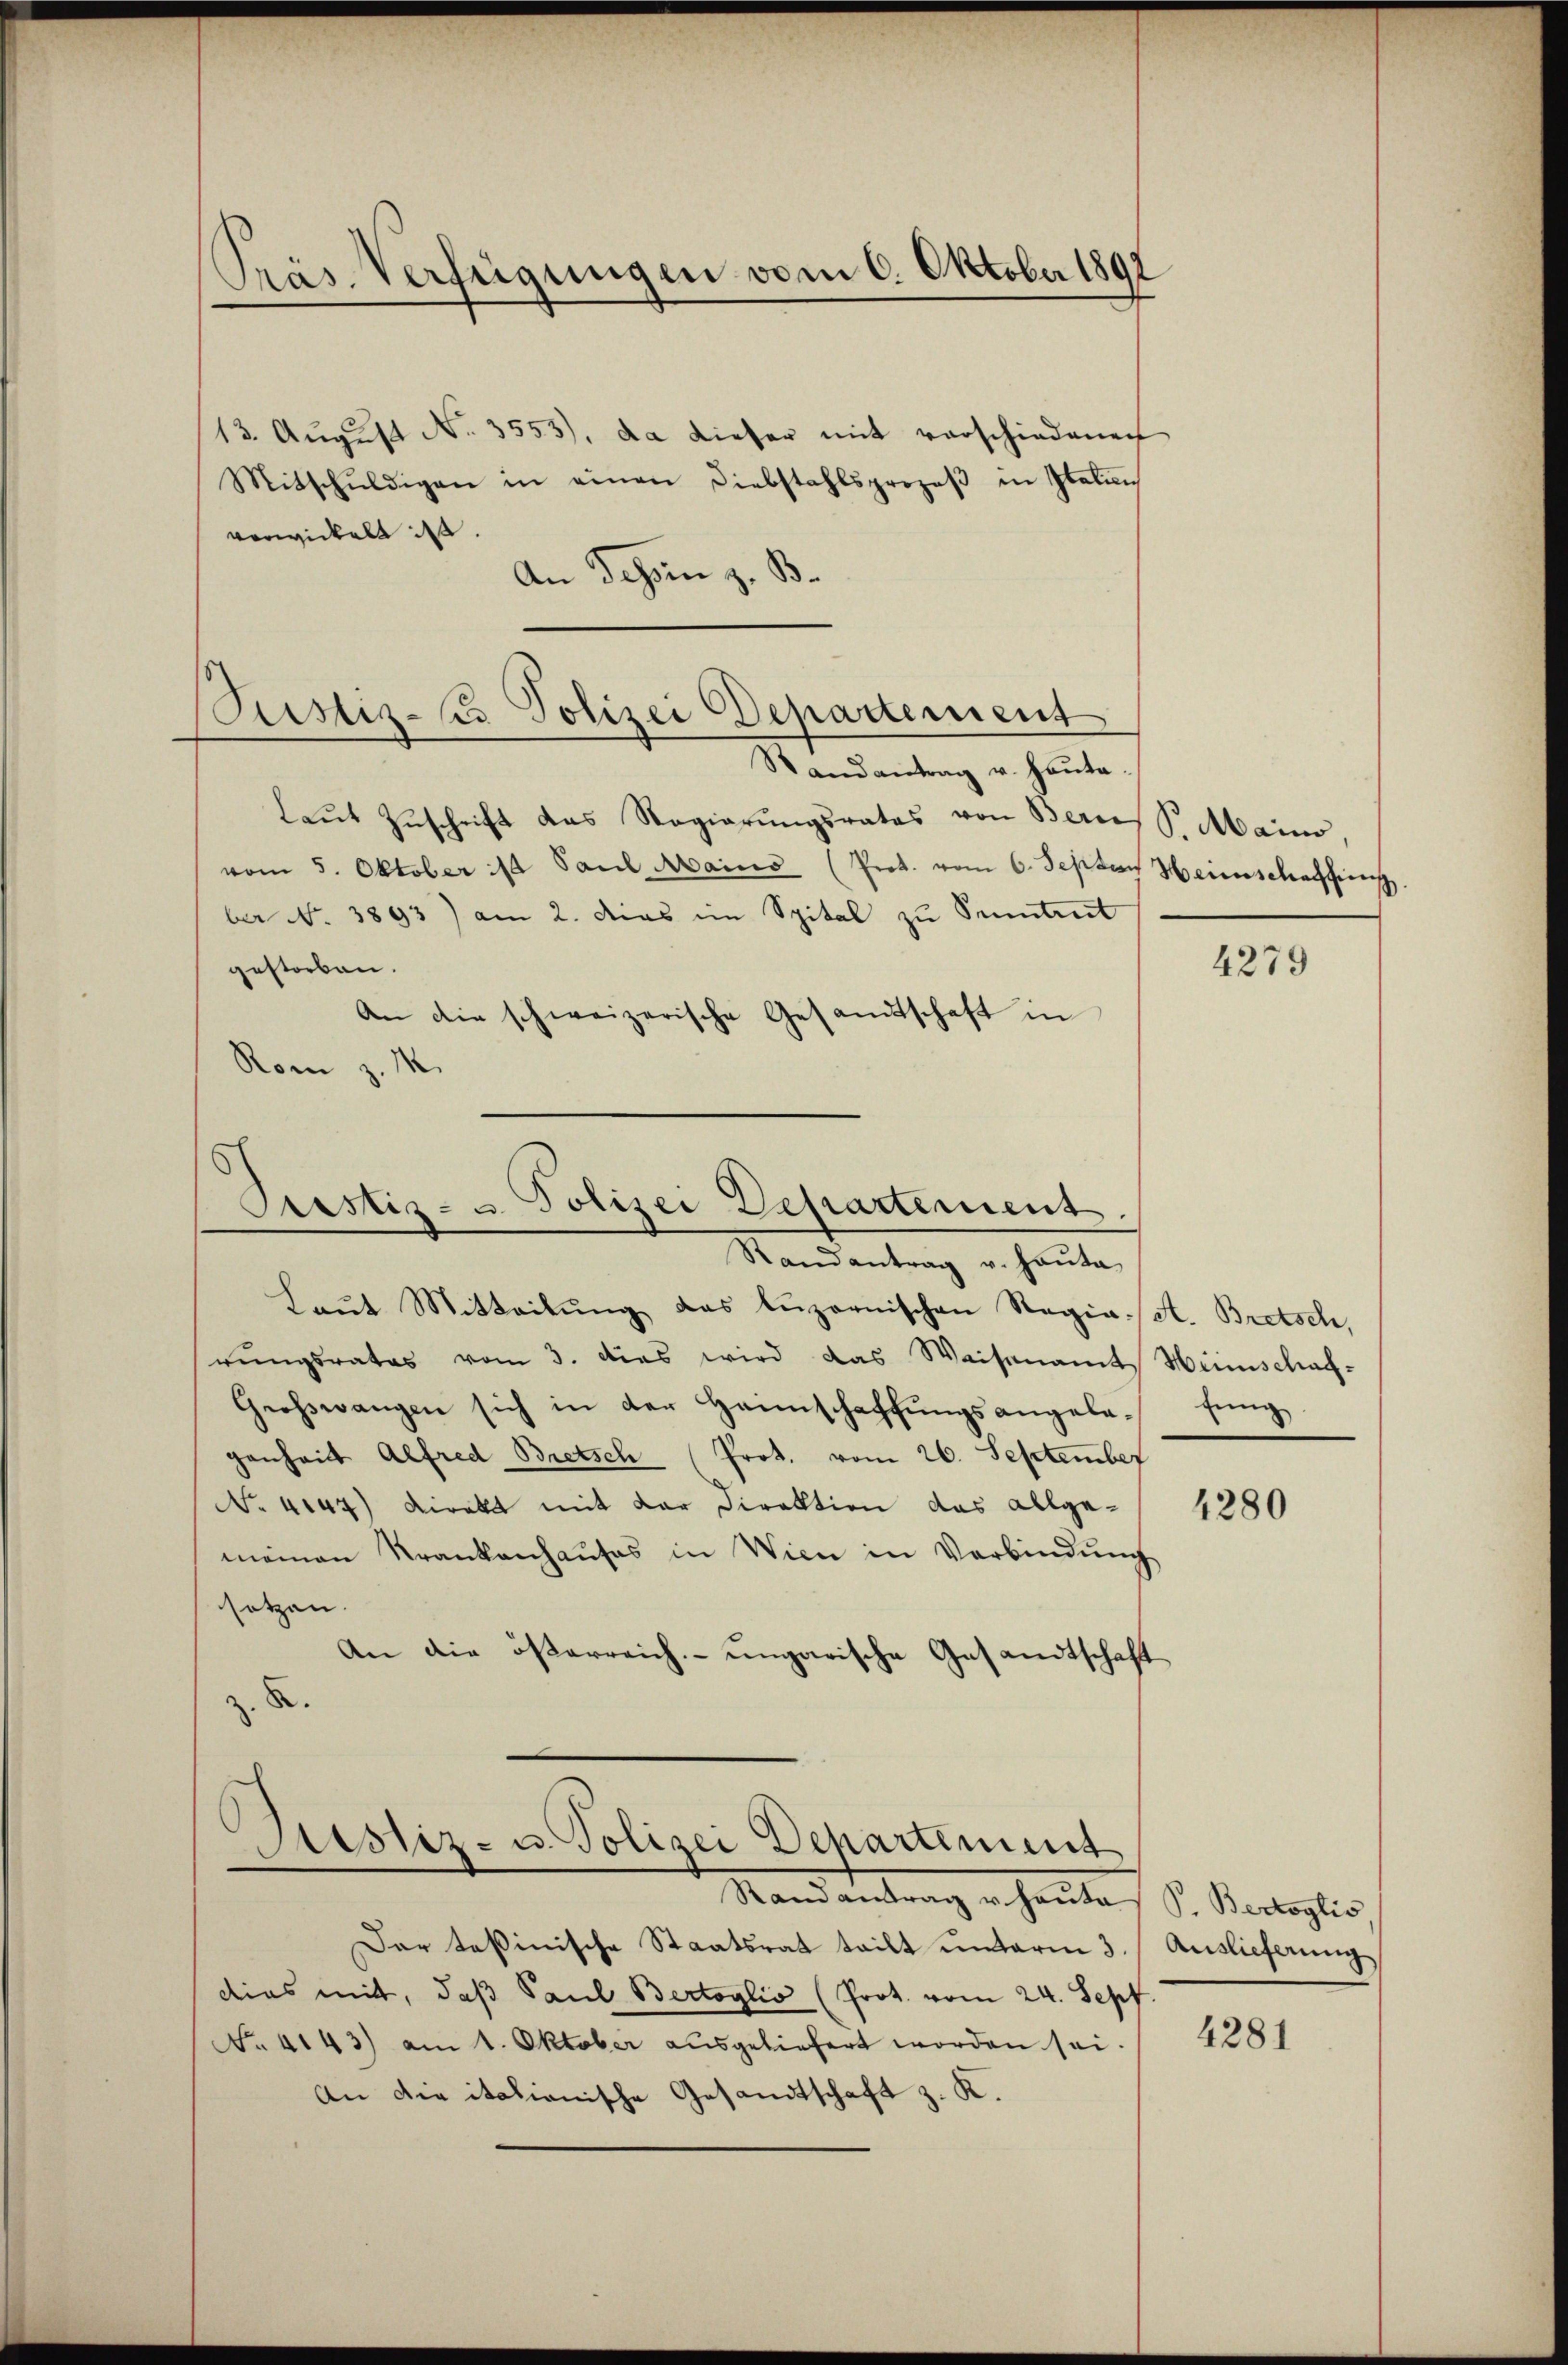
Pras Verfügungen vom 6. Oktober 1891

Justiz-Ci Polizei Departement
Randantrag u. haute.

Prestiz- u. Polizei Departement.
Randantrag v. Hauta
Laŭt Mitteilŭng das luzernischen Regia A. Bretsch,

13. Aŭgŭst No. 3553), da dieser mit verschiedenen
Mitschŭldigen in einen Diebstahlsprozeβ in Italin
verwickelt ist
An Schen z. B.
laŭt Zŭschrift das Regierŭngsrates von Bern, S. Mains,
vom 5. Oktober 1/4 Paul Mains (Prot. vom 6. Septem Heinerschaffen
ber No. 3893) am 2. das im Spital zu Sentret
gestorben.
An die schweizerische Gesandtschaft in
Rom z. M.

rŭngsrates vom 3. dies wird das Waisenamt Hinschaf-
Großwangen sich in der Haimschaffŭngsangela- fŭng
genheit Alfred Bretsch (Prot. vom 26. September
No. 4147) Direkt mit der Direktion das allge-
meinen Krankenhaŭses in Wien in Verbindŭng
setzen.
An die österreich- ungarische Gesandtschaft
. 8.

Sistiz- u. Polizei Departement
Randantrag u. Hauta

Dar teßinische Staatsrat teilt unterm 3
dies mit, daß Paul Bertoglio (Prot. vom 24. Sept.
No. 4143) am 1. Oktober ausgeliefert worden sei.
An die italionische Gesandtschaft z. K.

4279

4280

S. Bertoglis
Auslicherung

4281